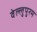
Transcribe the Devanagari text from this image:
वेल्लुपुरम